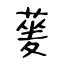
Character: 蓌